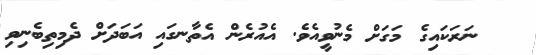
ނަރަކައިގެ މަގަށް މެނުވީއެވެ. އެއުރެން އެތާނގައި އަބަދަށް ދެމިތިބެނިވި